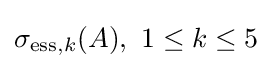
\sigma _{\mathrm {ess} ,k}(A),\ 1\leq k\leq 5